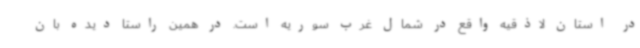
در استان لاذقیه واقع در شمال غرب سوریه است. در همین راستا دیده بان